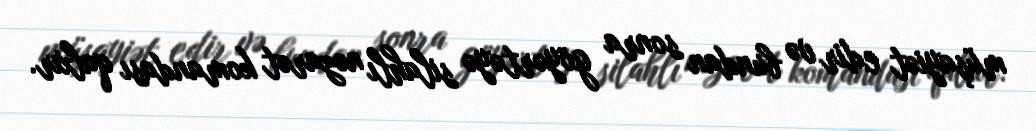
müşayiət edir və bundan sonra göyərtəyə silahlı nəzarət komandası qalxır.